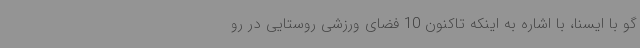
گو با ایسنا، با اشاره به اینکه تاکنون 10 فضای ورزشی روستایی در رو